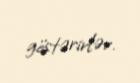
göstərirlər.